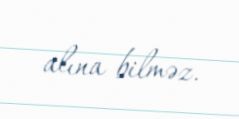
alına bilməz.